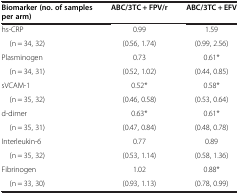
| Biomarker (no. of samples per arm) | ABC/3TC + FPV/r | ABC/3TC + EFV |
 | --- | --- | --- |
 | hs-CRP | 0.99 | 1.59 |
 | (n = 34, 32) | (0.56, 1.74) | (0.99, 2.56) |
 | Plasminogen | 0.73 | 0.61* |
 | (n = 34, 31) | (0.52, 1.02) | (0.44, 0.85) |
 | sVCAM-1 | 0.52* | 0.58* |
 | (n = 35, 32) | (0.46, 0.58) | (0.53, 0.64) |
 | d-dimer | 0.63* | 0.61* |
 | (n = 35, 31) | (0.47, 0.84) | (0.48, 0.78) |
 | Interleukin-6 | 0.77 | 0.89 |
 | (n = 35, 32) | (0.53, 1.14) | (0.58, 1.36) |
 | Fibrinogen | 1.02 | 0.88* |
 | (n = 33, 30) | (0.93, 1.13) | (0.78, 0.99) |